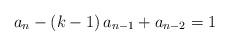
LaTeX: \begin{align*} a_n - \left( k - 1 \right) a_{n - 1} + a_{n - 2} = 1 \end{align*}